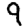
Digit: 9